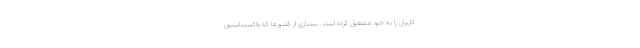
کاربران را به خود مشغول کرده است. بسیاری از کشورها که واکسیناسیون